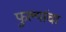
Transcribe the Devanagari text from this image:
फुल्यांचा